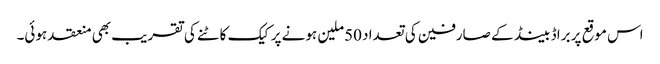
اس موقع پر براڈ بینڈ کے صارفین کی تعداد 50ملین ہونے پر کیک کاٹنے کی تقریب بھی منعقد ہوئی۔